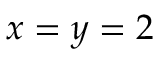
x = y = 2